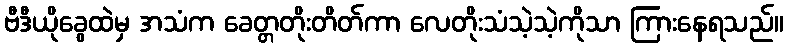
ဗီဒီယိုခွေထဲမှ အသံက ခေတ္တတိုးတိတ်ကာ လေတိုးသံသဲ့သဲ့ကိုသာ ကြားနေရသည်။